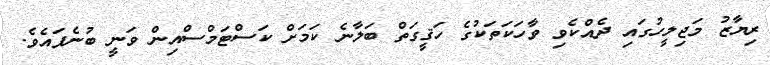
ރިޔާޒު މަޖިލީހުގައި ދެއްކެވި ވާހަކަތަކުގެ ހަޤީގަތް ބަލާނެ ކަމަށް ކަސްޓަމްސްއިން ވަނީ ބުނެފައެވެ.